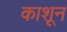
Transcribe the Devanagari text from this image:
काशून